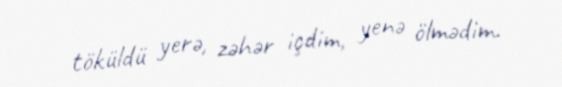
töküldü yerə, zəhər içdim, yenə ölmədim.